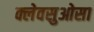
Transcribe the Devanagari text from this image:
क्लेवसुओसा